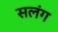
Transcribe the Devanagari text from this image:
सलंग